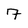
Character: 7